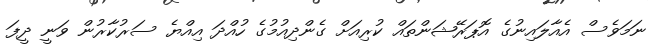
ނަމަވެސް އެއާލައިނުގެ އޮޕަރޭޝަންތައް ކުރިއަށް ގެންދިއުމުގެ ހުއްދަ އިއްޔެ ސަރުކާރުން ވަނީ ދީފަ